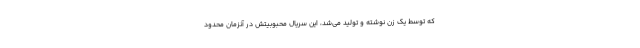
که توسط یک زن نوشته و تولید می‌شد، این سریال محبوبیتش در آنزمان محدود